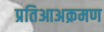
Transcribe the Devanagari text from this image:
प्रतिआअक्रमण